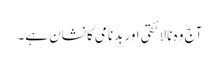
آج وہ نالائقی اور بدنامی کا نشان ہے۔